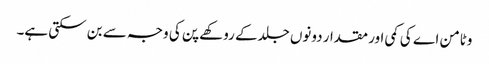
وٹامن اے کی کمی اور مقدار دونوں جلدکے روکھے پن کی وجہ سے بن سکتی ہے۔